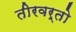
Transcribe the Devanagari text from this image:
तीरवर्तो